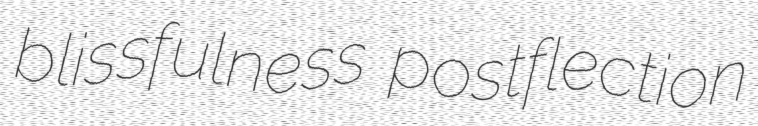
blissfulness postflection